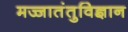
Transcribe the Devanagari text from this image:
मज्जातंतुविज्ञान